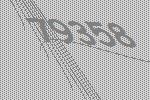
79358